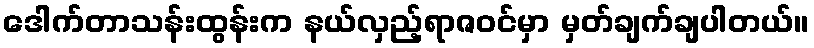
ဒေါက်တာသန်းထွန်းက နယ်လှည့်ရာဇဝင်မှာ မှတ်ချက်ချပါတယ်။